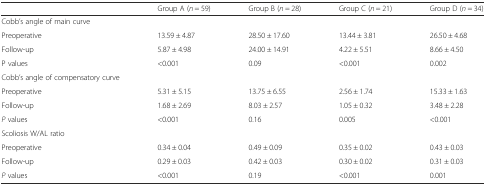
<table><thead><tr><td></td><td><b>Group A (<i>n</i> = 59)</b></td><td><b>Group B (<i>n</i> = 28)</b></td><td><b>Group C (<i>n</i> = 21)</b></td><td><b>Group D (<i>n</i> = 34)</b></td></tr></thead><tbody><tr><td>Cobb’s angle of main curve</td><td></td><td></td><td></td><td></td></tr><tr><td>Preoperative</td><td>13.59 ± 4.87</td><td>28.50 ± 17.60</td><td>13.44 ± 3.81</td><td>26.50 ± 4.68</td></tr><tr><td>Follow-up</td><td>5.87 ± 4.98</td><td>24.00 ± 14.91</td><td>4.22 ± 5.51</td><td>8.66 ± 4.50</td></tr><tr><td>P values</td><td>&lt;0.001</td><td>0.09</td><td>&lt;0.001</td><td>0.002</td></tr><tr><td>Cobb’s angle of compensatory curve</td><td></td><td></td><td></td><td></td></tr><tr><td>Preoperative</td><td>5.31 ± 5.15</td><td>13.75 ± 6.55</td><td>2.56 ± 1.74</td><td>15.33 ± 1.63</td></tr><tr><td>Follow-up</td><td>1.68 ± 2.69</td><td>8.03 ± 2.57</td><td>1.05 ± 0.32</td><td>3.48 ± 2.28</td></tr><tr><td><i>P</i> values</td><td>&lt;0.001</td><td>0.16</td><td>0.005</td><td>&lt;0.001</td></tr><tr><td>Scoliosis W/AL ratio</td><td></td><td></td><td></td><td></td></tr><tr><td>Preoperative</td><td>0.34 ± 0.04</td><td>0.49 ± 0.09</td><td>0.35 ± 0.02</td><td>0.43 ± 0.03</td></tr><tr><td>Follow-up</td><td>0.29 ± 0.03</td><td>0.42 ± 0.03</td><td>0.30 ± 0.02</td><td>0.31 ± 0.03</td></tr><tr><td><i>P</i> values</td><td>&lt;0.001</td><td>0.19</td><td>&lt;0.001</td><td>0.001</td></tr></tbody></table>